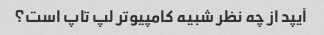
آیپد از چه نظر شبیه کامپیوتر لپ تاپ است؟